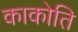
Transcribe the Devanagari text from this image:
काकोति